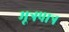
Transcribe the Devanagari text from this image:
मूत्रपात्र